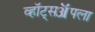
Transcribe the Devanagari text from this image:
व्हॉट्सॲपला